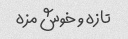
تازه و خوش مزه